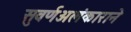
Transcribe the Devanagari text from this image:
सुवर्णअलंकाराने